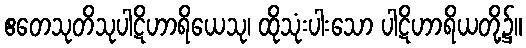
ဧတေသုတိသုပါဋိဟာရိယေသု၊ ထိုသုံးပါးသော ပါဋိဟာရိယတို့၌။